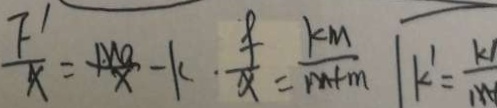
\frac { F ^ { \prime } } { x } = \frac { M a } { x } - k \cdot \frac { f } { x } = \frac { k M } { m + n }